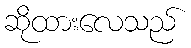
ဆိုထားလေသည်